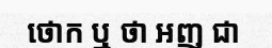
ថោក ឬ ថា អញ ជា